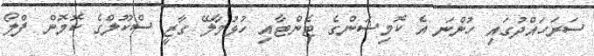
ސަރަހައްދުގައި ހުންނަ އެ ކޮމިޝަންގެ ޓެންޓާއި ހުޅުމާލޭ ގާޒީ ސްކޫލްގެ ކޮމޮން ފްލޯ